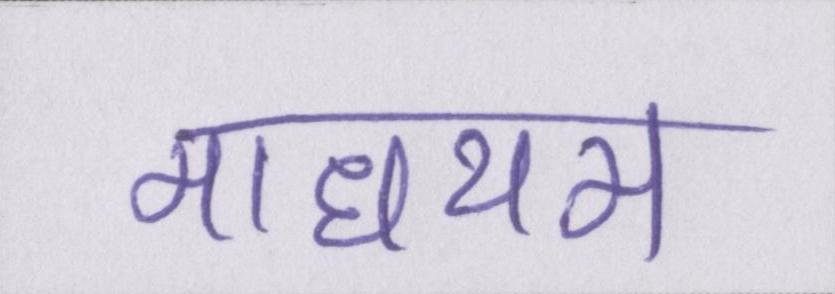
माधयम